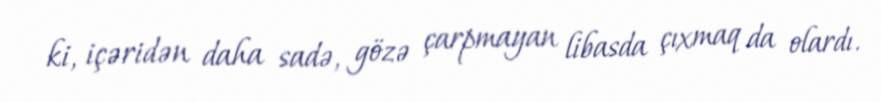
ki, içəridən daha sadə, gözə çarpmayan libasda çıxmaq da olardı.